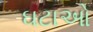
ઘટાઓ